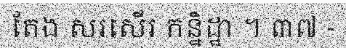
តែង សរសើរ កន្និដ្ឋា ។ ៣៧ -